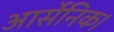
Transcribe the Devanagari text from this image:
आर्सेनिक।